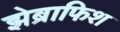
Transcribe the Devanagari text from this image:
झेब्राफिश